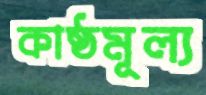
কাষ্ঠমূল্য